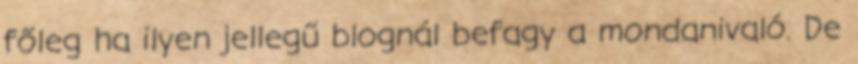
főleg ha ilyen jellegű blognál befagy a mondanivaló. De